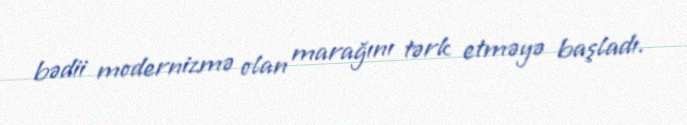
bədii modernizmə olan marağını tərk etməyə başladı.